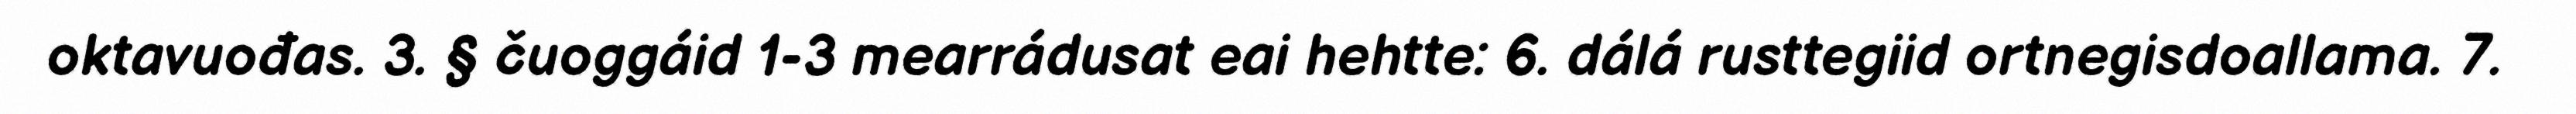
oktavuođas. 3. § čuoggáid 1-3 mearrádusat eai hehtte: 6. dálá rusttegiid ortnegisdoallama. 7.